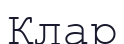
Клар